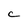
Character: c